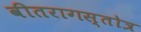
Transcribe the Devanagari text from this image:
वीतरागस्तोत्र